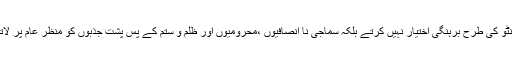
بیدی منٹو کی طرح برہنگی اختیار نہیں کرتے بلکہ سماجی نا انصافیوں ،محرومیوں اور ظلم و ستم کے پسِ پشت جذبوں کو منظرِ عام پر لاتے ہیں۔